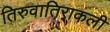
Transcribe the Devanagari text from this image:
तिरुवातिराकली